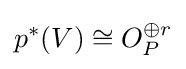
p^{*}(V)\cong O_{P}^{\oplus r}